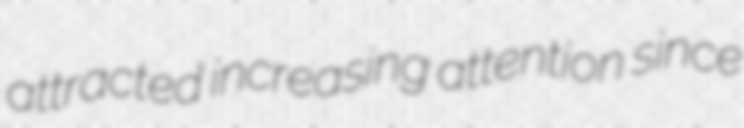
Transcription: attracted increasing attention since